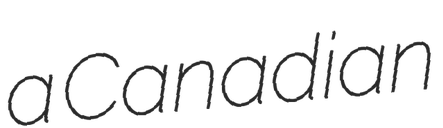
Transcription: a Canadian